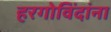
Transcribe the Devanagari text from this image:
हरगोविंदांना